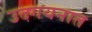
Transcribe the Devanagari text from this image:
उदगयनात